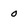
Character: 0